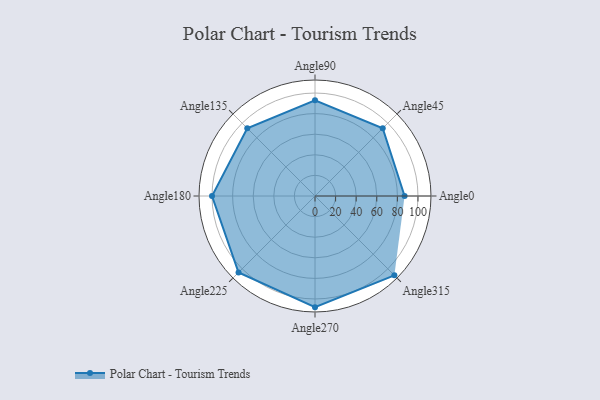
{"axis": {"x": "Angle", "y": "Radius"}, "legend": [""], "data": [{"x": "Angle0", "y": 87.0, "type": ""}, {"x": "Angle45", "y": 93.0, "type": ""}, {"x": "Angle90", "y": 93.0, "type": ""}, {"x": "Angle135", "y": 93.0, "type": ""}, {"x": "Angle180", "y": 100.0, "type": ""}, {"x": "Angle225", "y": 105.0, "type": ""}, {"x": "Angle270", "y": 108.0, "type": ""}, {"x": "Angle315", "y": 109.0, "type": ""}]}